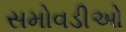
સમોવડીઓ